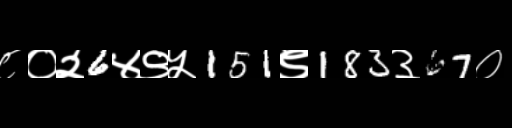
Text: ८०२6४९५151९183३67०